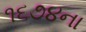
૧૬૭૪ના